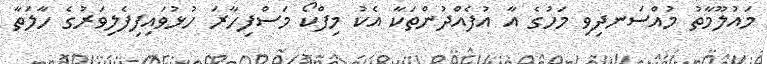
މައުލޫމާތު މުއްސަނދިވި މަހުގެ އާ އުފެއްދުންތަކާ އެކު މިފްކޯ މަސްފިހާރަ ހުޅުވައިފިފެލިވަރުގެ ހާލަތާ